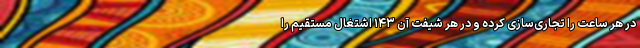
در هر ساعت را تجاری‌سازی کرده و در هر شیفت آن ۱۴۳ اشتغال مستقیم را